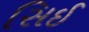
સિઈ